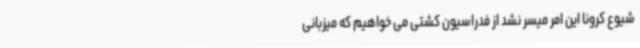
شیوع کرونا این امر میسر نشد از فدراسیون کشتی می خواهیم که میزبانی